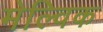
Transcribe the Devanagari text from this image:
मेल्विक